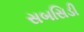
સબસિડી